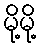
မို့မို့